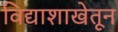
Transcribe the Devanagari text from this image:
विद्याशाखेतून